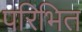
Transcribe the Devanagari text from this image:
परिभित